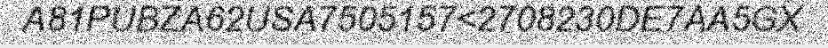
A81PUBZA62USA7505157<2708230DE7AA5GX